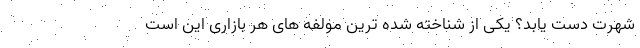
شهرت دست یابد؟ یکی از شناخته شده ترین مولفه های هر بازاری این است